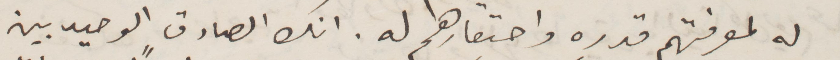
له لمعرفتهم قدره واحتقارهم له. امك الصداق الوحيد بين